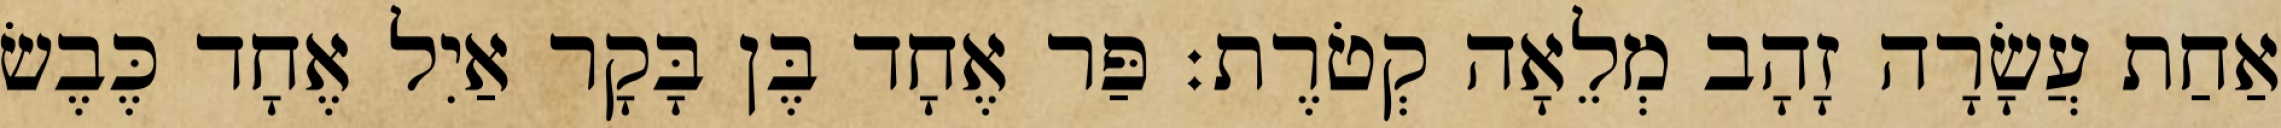
אַחַת עֲשָׂרָה זָהָב מְלֵאָה קְטֹרֶת׃ פַּר אֶחָד בֶּן בָּקָר אַיִל אֶחָד כֶּבֶשׂ